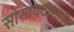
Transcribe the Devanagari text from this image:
सोसायटीसाठी